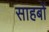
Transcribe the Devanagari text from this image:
साहबों